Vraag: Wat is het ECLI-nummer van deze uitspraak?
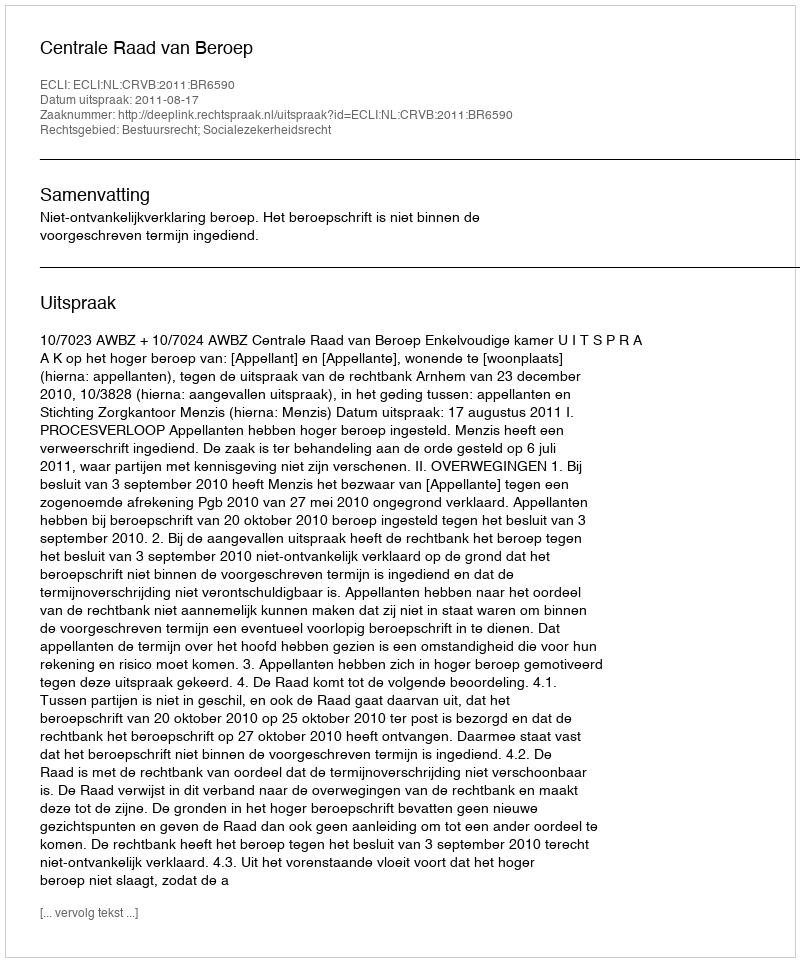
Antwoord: ECLI:NL:CRVB:2011:BR6590